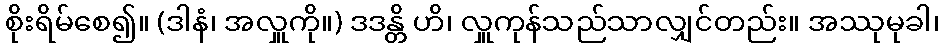
စိုးရိမ်စေ၍။ (ဒါနံ၊ အလှူကို။) ဒဒန္တိ ဟိ၊ လှူကုန်သည်သာလျှင်တည်း။ အဿုမုခါ၊